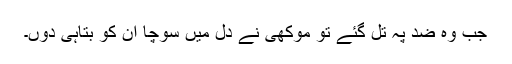
جب وہ ضد پہ تل گئے تو موکھی نے دل میں سوچا ان کو بتاہی دوں۔